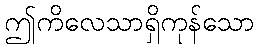
ဤကိလေသာရှိကုန်သော